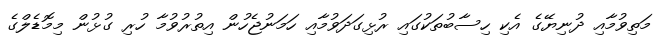
މަތިވުމާއި ދުނިޔޭގެ އެކި ހިސާބުތަކުގައި ރުޅިގަދަވުމާއި ހަމަނުޖެހުން އިތުރުވުމާ ހުރި ގުޅުން މިމޮޑެލްގެ